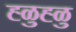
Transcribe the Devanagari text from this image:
ह्ळुह्ळु